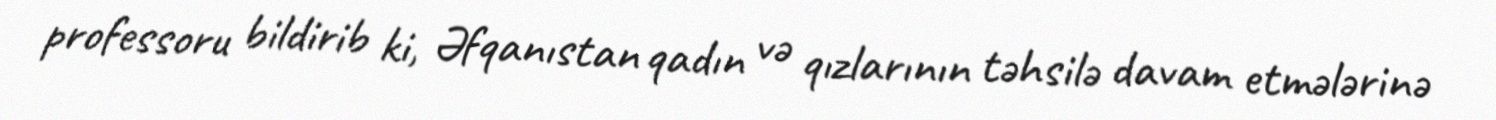
professoru bildirib ki, Əfqanıstan qadın və qızlarının təhsilə davam etmələrinə